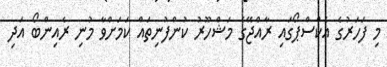
މި ފަހަރުގެ އެކްސްޕޯގައި ރާއްޖޭގެ މަޝްހޫރު ކުންފުނިތައް ކަމަށްވާ މުނި ރެއިންބޯ އަދި